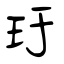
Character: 玗